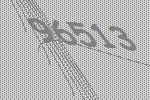
96513